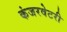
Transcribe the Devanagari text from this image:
कंजरवेटरी